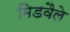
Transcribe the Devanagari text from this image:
मिडवैले